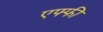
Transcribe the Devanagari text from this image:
एफ्फी